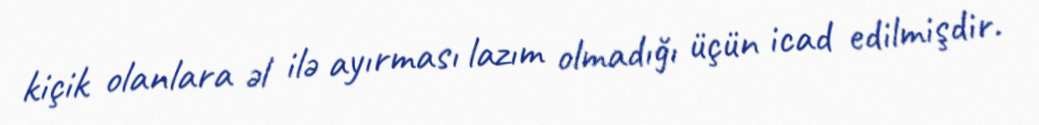
kiçik olanlara əl ilə ayırması lazım olmadığı üçün icad edilmişdir.